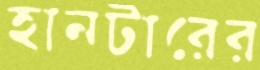
হানটারের